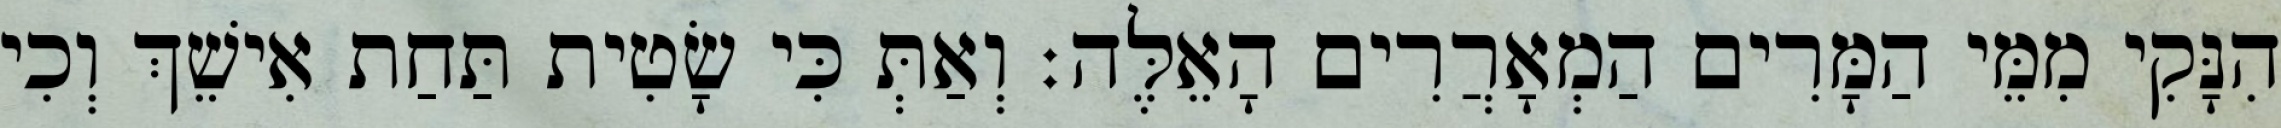
הִנָּקִי מִמֵּי הַמָּרִים הַמְאָרֲרִים הָאֵלֶּה׃ וְאַתְּ כִּי שָׂטִית תַּחַת אִישֵׁךְ וְכִי